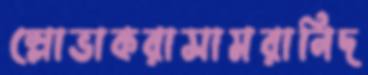
স্লোভাকরাসামরানিদ